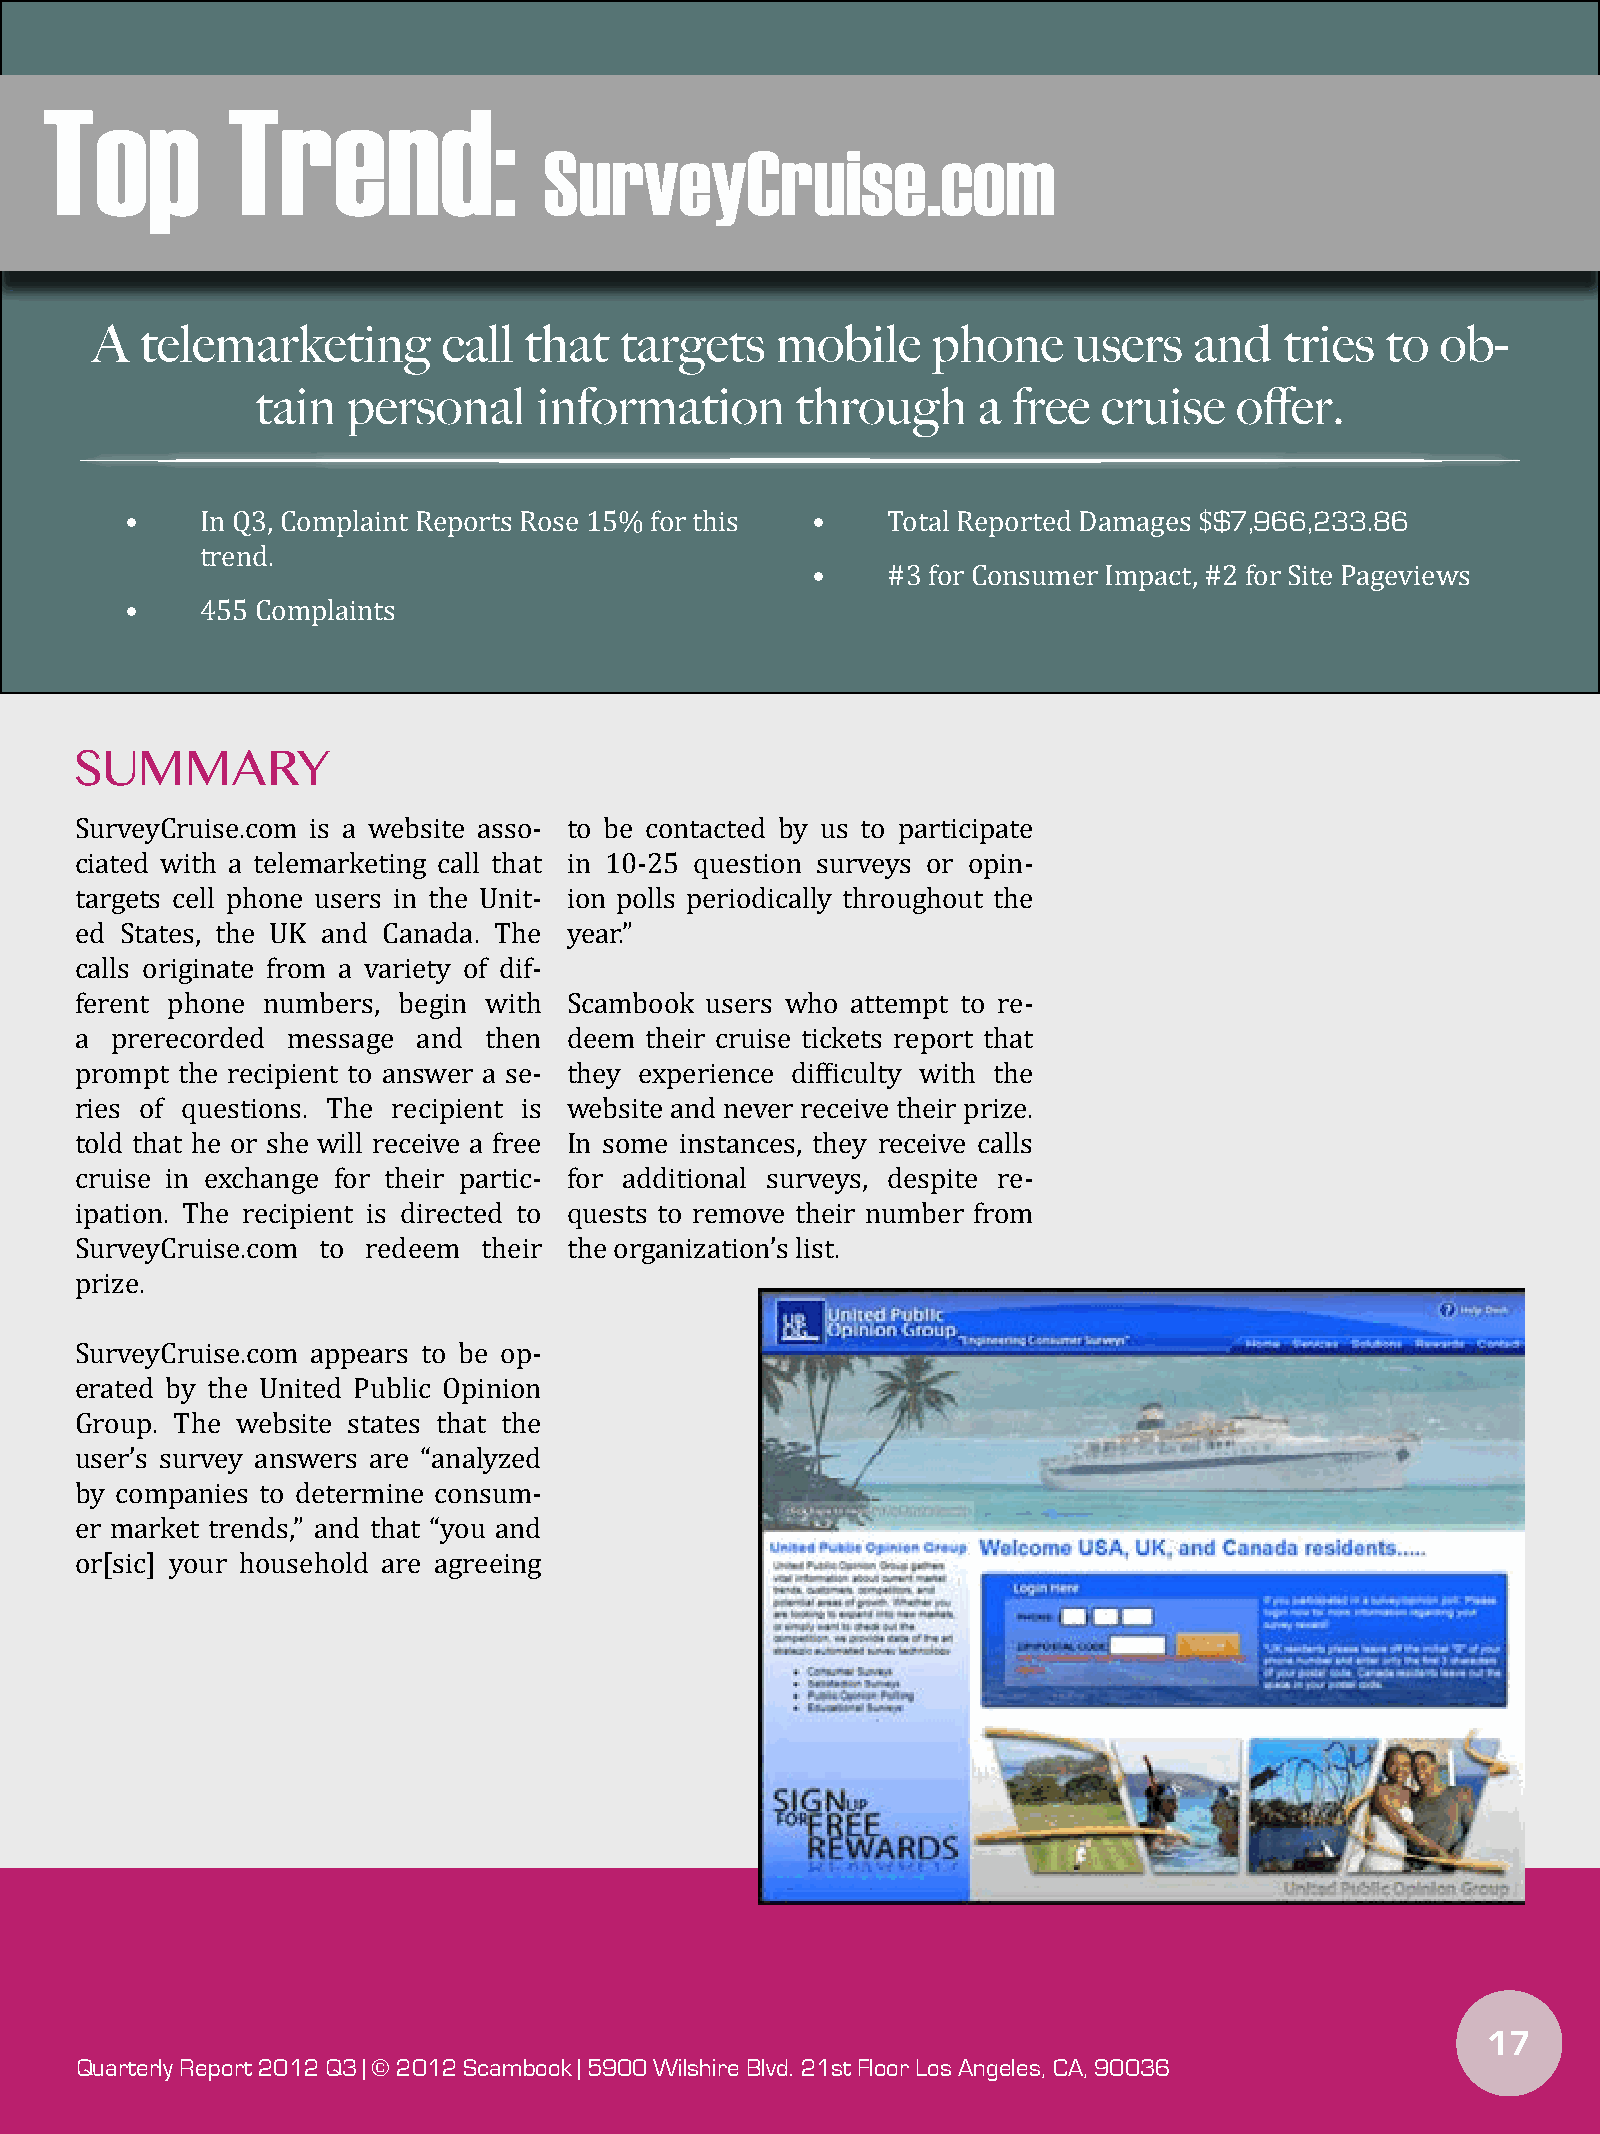
Top         Trend:
 SurveyCruise.com
 A  telemarketing       call  that  targets   mobile     phone    users   and   tries  to ob-
 tain  personal     information      through     a free  cruise   offer.
 $7,966,233.86
 •    In Q3, Complaint Reports Rose 15% for this •  Total Reported Damages $
 trend.
 •    #3 for Consumer Impact, #2 for Site Pageviews
 •    455 Complaints
 SUMMARY
 SurveyCruise.com is a website asso- to be contacted by us to participate
 ciated with a telemarketing call that in 10-25 question surveys or opin-
 targets cell phone users in the Unit- ion polls periodically throughout the
 ed States, the UK and Canada. The year.”
 calls originate from a variety of dif-
 ferent phone numbers, begin with Scambook users who attempt to re-
 a prerecorded message  and then  deem their cruise tickets report that
 prompt the recipient to answer a se- they experience difficulty with the
 ries of questions. The recipient is website and never receive their prize.
 told that he or she will receive a free In some instances, they receive calls
 cruise in exchange for their partic- for additional surveys, despite re-
 ipation. The recipient is directed to quests to remove their number from
 SurveyCruise.com to redeem their the organization’s list.
 prize.
 SurveyCruise.com appears to be op-
 erated by the United Public Opinion
 Group. The website states that the
 user’s survey answers are “analyzed
 by companies to determine consum-
 er market trends,” and that “you and
 or[sic] your household are agreeing
 17
 Quarterly Report 2012 Q3 | © 2012 Scambook | 5900 Wilshire Blvd. 21st Floor Los Angeles, CA, 90036